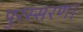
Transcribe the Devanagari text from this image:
पुरस्सरण।